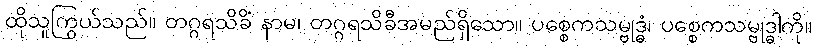
ထိုသူကြွယ်သည်။ တဂ္ဂရသိခိံ နာမ၊ တဂ္ဂရသိခီအမည်ရှိသော။ ပစ္စေကသမ္ဗုဒ္ဓံ၊ ပစ္စေကသမ္ဗုဒ္ဓါကို။